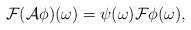
\begin{align*}{\cal F}({\cal A} \phi)(\omega)= \psi (\omega){\cal F}\phi(\omega), \end{align*}